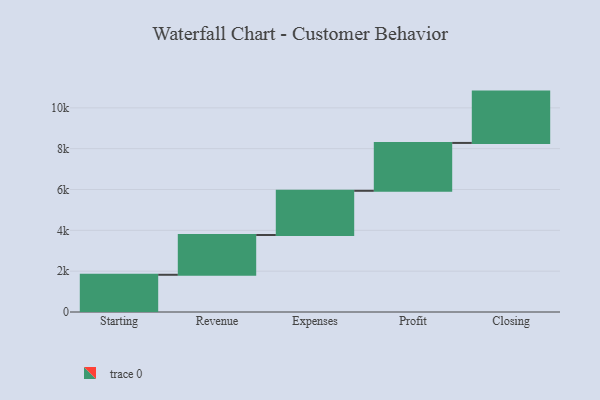
{"axis": {"x": "Step", "y": "Value"}, "legend": [""], "data": [{"x": "Starting", "y": 1823.0, "type": ""}, {"x": "Revenue", "y": 1948.0, "type": ""}, {"x": "Expenses", "y": 2166.0, "type": ""}, {"x": "Profit", "y": 2344.0, "type": ""}, {"x": "Closing", "y": 2514.0, "type": ""}]}